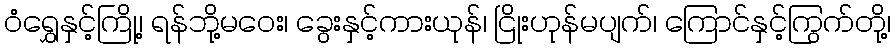
ဝံရွှေနှင့်ကြို့၊ ရန်ဘို့မဝေး၊ ခွေးနှင့်ကားယုန်၊ ငြိုးဟုန်မပျက်၊ ကြောင်နှင့်ကြွက်တို့၊